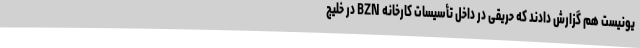
یونیست هم گزارش دادند که حریقی در داخل تأسیسات کارخانه BZN در خلیج